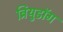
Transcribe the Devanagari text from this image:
ब्रियुडॉग